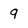
Character: 9